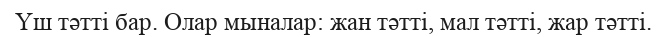
Үш тәтті бар. Олар мыналар: жан тәтті, мал тәтті, жар тәтті.